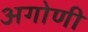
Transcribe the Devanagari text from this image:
अगोणी